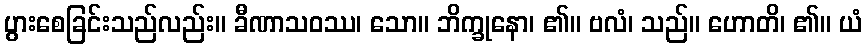
ပွားစေခြင်းသည်လည်း။ ခီဏာသဝဿ၊ သော။ ဘိက္ခုနော၊ ၏။ ဗလံ၊ သည်။ ဟောတိ၊ ၏။ ယံ